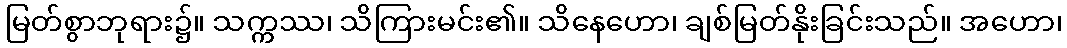
မြတ်စွာဘုရား၌။ သက္ကဿ၊ သိကြားမင်း၏။ သိနေဟော၊ ချစ်မြတ်နိုးခြင်းသည်။ အဟော၊